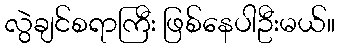
လွဲချင်စရာကြီး ဖြစ်နေပါဦးမယ်။